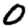
Digit: 0